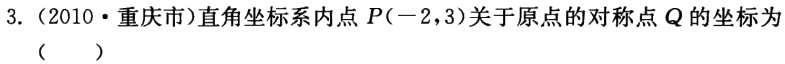
3.（2010·重庆市）直角坐标系内点\(P(-2,3)\)关于原点的对称点\(Q\)的坐标为（  ）